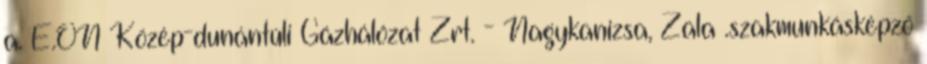
a. E.ON Közép-dunántúli Gázhálózat Zrt. - Nagykanizsa, Zala .szakmunkásképző